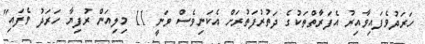
ހަރަދުވެފައިވާއިރު އެފަރާތްތަކުގެ ދަތުރުފަތުރަށް އެކަނިވެސް ވަނީ 11 މިލިއަން ރުފިޔާ ހަރަދު ވެފައި"